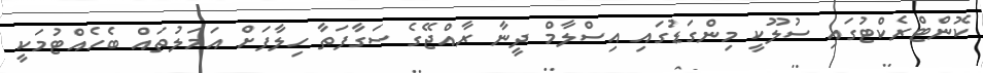
ކޮންޓްރެކްޓުގައި ސުލޫކީ މިންގަޑުގައި އިސްލާމް ދީނާ ރާއްޖޭގެ ސަގާފަތާ ހިލާފަށް އަމަލުތައް ބެހެއްޓުމަކީ